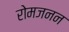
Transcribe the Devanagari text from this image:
रोमजनन